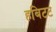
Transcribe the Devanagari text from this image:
हबिटट